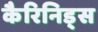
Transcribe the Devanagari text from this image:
कैरिनिड्स